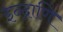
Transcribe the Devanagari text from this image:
इन्द्राणि